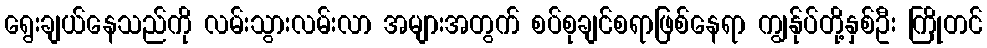
ရွေးချယ်နေသည်ကို လမ်းသွားလမ်းလာ အများအတွက် စပ်စုချင်စရာဖြစ်နေရာ ကျွန်ုပ်တို့နှစ်ဦး ကြိုတင်